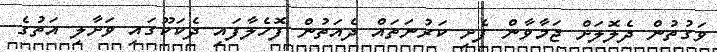
ވަގުތުން ދެލޮލަށް ޖަމާވާން ފެށި ކަރުނަތައް ދެއަތުން ފޮހެލާފައި ދެކަކޫގައި ވަށާލި އަތުގެ